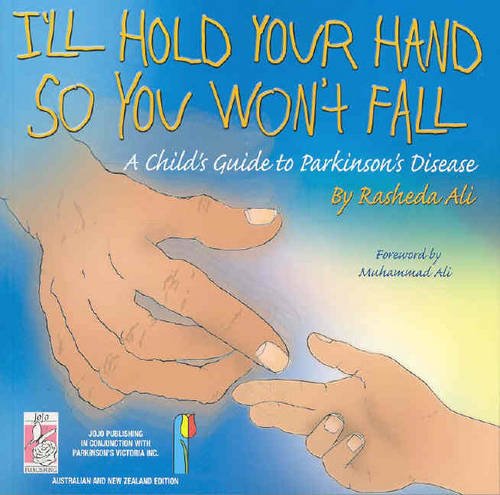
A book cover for I'll Hold Your Hand So You Won't Fall; Rasheda Ali; Health, Fitness & Dieting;